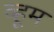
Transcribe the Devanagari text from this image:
व्हूम